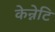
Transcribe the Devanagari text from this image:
केन्नेटि